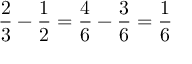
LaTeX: { \frac { 2 } { 3 } } - { \frac { 1 } { 2 } } = { \frac { 4 } { 6 } } - { \frac { 3 } { 6 } } = { \frac { 1 } { 6 } }